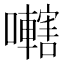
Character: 𫬭